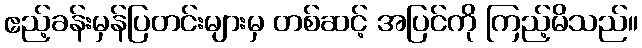
ဧည့်ခန်းမှန်ပြတင်းများမှ တစ်ဆင့် အပြင်ကို ကြည့်မိသည်။